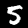
Label: 5